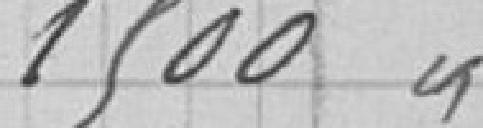
1 500